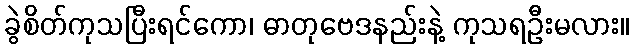
ခွဲစိတ်ကုသပြီးရင်ကော၊ ဓာတုဗေဒနည်းနဲ့ ကုသရဦးမလား။